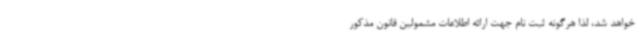
خواهد شد، لذا هرگونه ثبت نام جهت ارائه اطلاعات مشمولین قانون مذکور